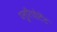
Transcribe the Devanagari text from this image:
प्लुरिपोटेंट